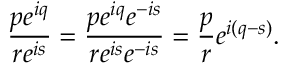
{ \frac { p e ^ { i q } } { r e ^ { i s } } } = { \frac { p e ^ { i q } e ^ { - i s } } { r e ^ { i s } e ^ { - i s } } } = { \frac { p } { r } } e ^ { i ( q - s ) } .